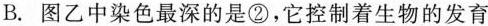
B. 图乙中染色最深的是②，它控制着生物的发育